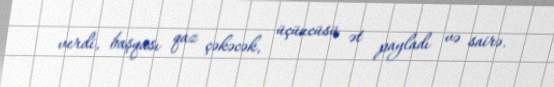
verdi, başqası qaz çəkəcək, üçüncüsü ət payladı və sairə.